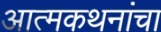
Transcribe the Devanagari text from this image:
आत्मकथनांचा